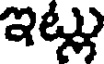
ఇట్లు